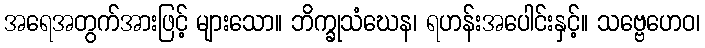
အရေအတွက်အားဖြင့် များသော။ ဘိက္ခုသံဃေန၊ ရဟန်းအပေါင်းနှင့်။ သဗ္ဗေဟေဝ၊